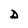
Character: D